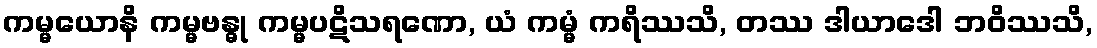
ကမ္မယောနိ ကမ္မဗန္ဓု ကမ္မပဋိသရဏော, ယံ ကမ္မံ ကရိဿသိ, တဿ ဒါယာဒေါ ဘဝိဿသိ,